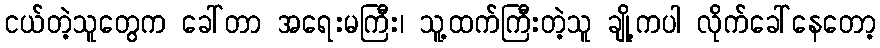
ငယ်တဲ့သူတွေက ခေါ်တာ အရေးမကြီး၊ သူ့ထက်ကြီးတဲ့သူ ချို့ကပါ လိုက်ခေါ်နေတော့